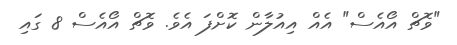
"ވޮޗް އޯއެސް" އެއް އިއުލާން ކޮށްފަ އެވެ. ވޮޗް އޯއެސް 8 ގައި